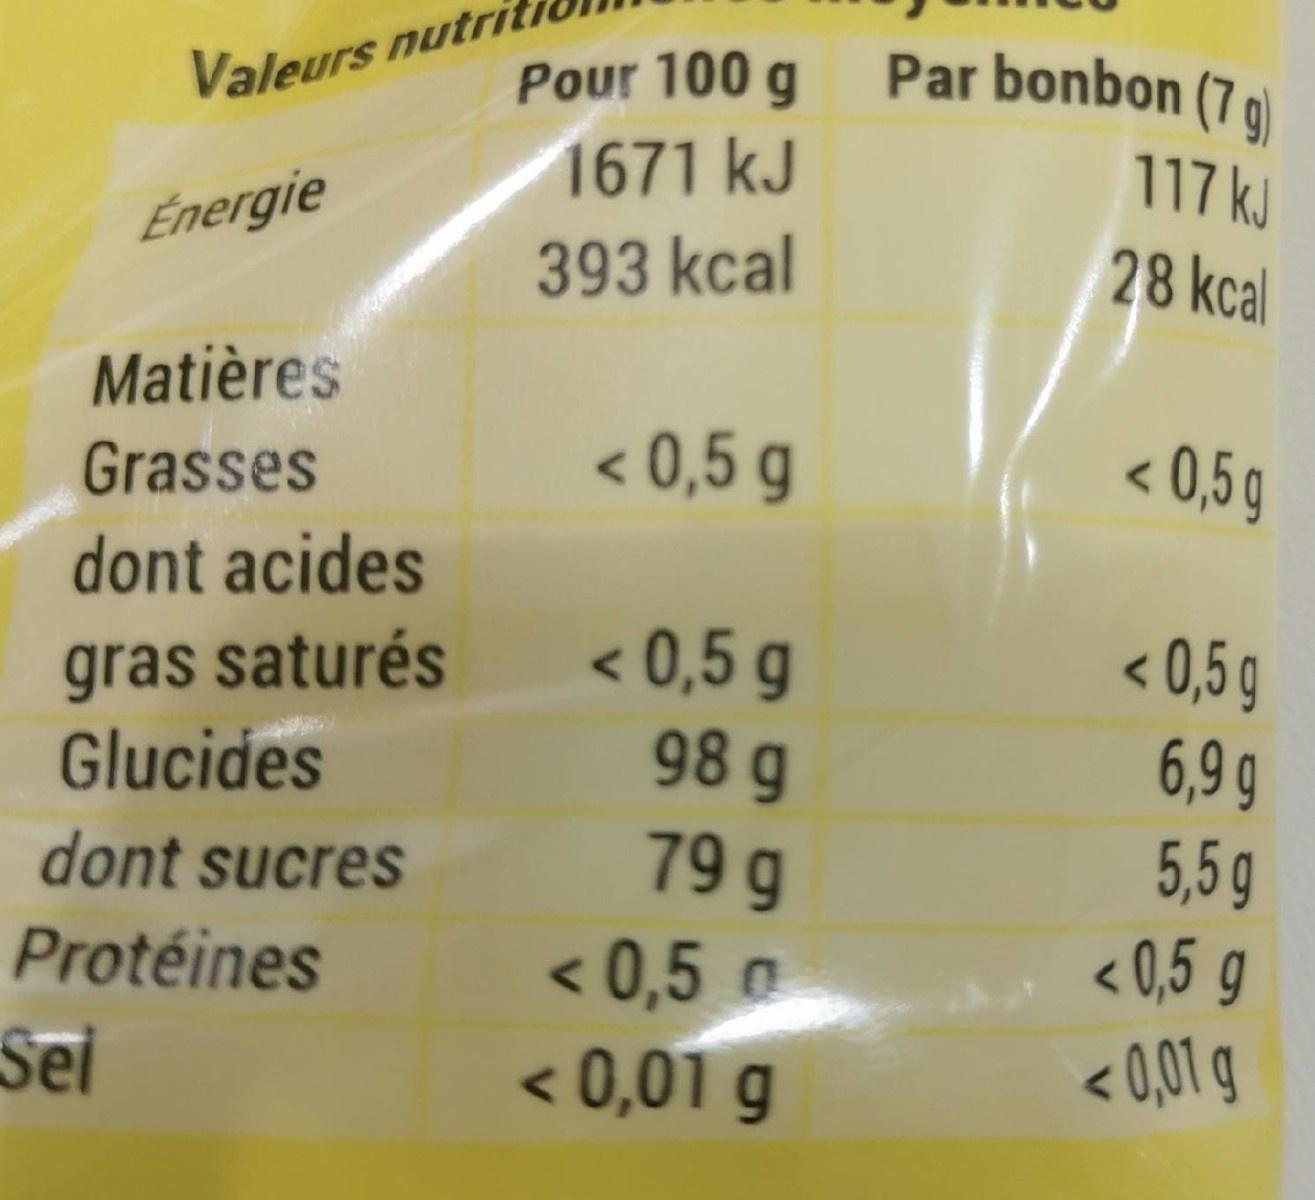
Par bonbon (7 g)
Pour 100 g 1671 kJ
Valeurs nutr
117 kJ
Énergie
28 kcal
393 kcal
Matières
Grasses
< 0,5 g
< 0,5g
dont acides gras saturés Glucides
< 0,5 g 98 g 79 g < 0,5 o
< 0,5 g 6,9 g 5,5g <0,5 g < 0,01 g
dont sucres
Protéines
Sei
< 0,01 g